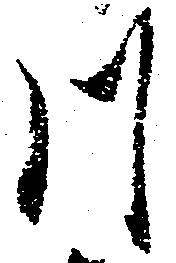
川